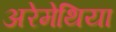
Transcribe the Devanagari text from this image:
अरेमेथिया